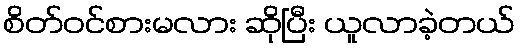
စိတ်ဝင်စားမလား ဆိုပြီး ယူလာခဲ့တယ်